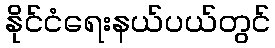
နိုင်ငံရေးနယ်ပယ်တွင်